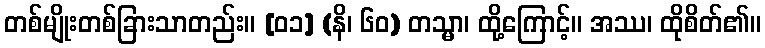
တစ်မျိုးတစ်ခြားသာတည်း။ [၀၁] (နိ၊ ၆၀) တသ္မာ၊ ထို့ကြောင့်။ အဿ၊ ထိုစိတ်၏။